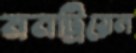
মনট্রিয়েল